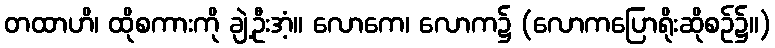
တထာဟိ၊ ထိုစကားကို ချဲ့ဦးအံ့။ လောကေ၊ လောက၌ (လောကပြောရိုးဆိုစဉ်၌။)